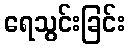
ရေသွင်းခြင်း